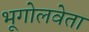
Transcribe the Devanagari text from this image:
भूगोलवेता